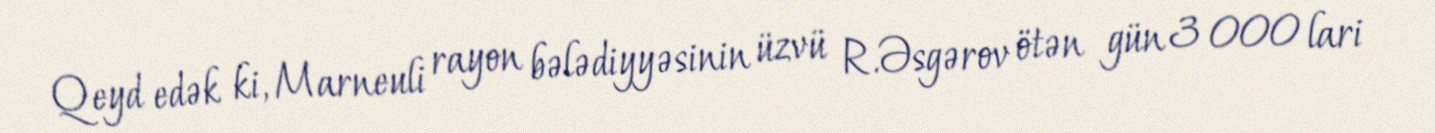
Qeyd edək ki, Marneuli rayon bələdiyyəsinin üzvü R.Əsgərov ötən gün 3 000 lari